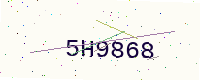
Text: 5H9868